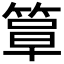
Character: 𫂍